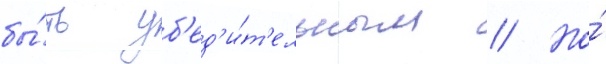
бы́ть уб'ед'и́т'ельным // Но́